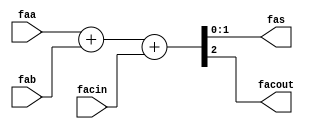
module nfa_accept_samples_generic_hw_add_14ns_14ns_14_4_AddSubnS_5_fadder_f 
#(parameter
    N = 2
)(
    input  [N-1 : 0]  faa,
    input  [N-1 : 0]  fab,
    input  wire  facin,
    output [N-1 : 0]  fas,
    output wire  facout
);
assign {facout, fas} = faa + fab + facin;
endmodule